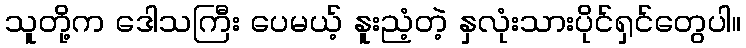
သူတို့က ဒေါသကြီး ပေမယ့် နူးညံ့တဲ့ နှလုံးသားပိုင်ရှင်တွေပါ။